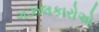
ગઝલકારોએ